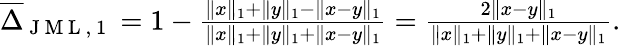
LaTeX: \begin{array}{r}{\overline{{\Delta}}_{\mathrm{~J~M~L~,~1~}}=1-\frac{\| x\| _{1}+\| y\| _{1}-\| x-y\| _{1}}{\| x\| _{1}+\| y\| _{1}+\| x-y\| _{1}}=\frac{2\| x-y\| _{1}}{\| x\| _{1}+\| y\| _{1}+\| x-y\| _{1}}.}\end{array}